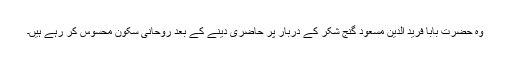
وہ حضرت بابا فرید الدین مسعود گنج شکر کے دربار پر حاضری دینے کے بعد روحانی سکون محسوس کر رہے ہیں۔